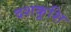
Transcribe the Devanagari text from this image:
दशकुशि